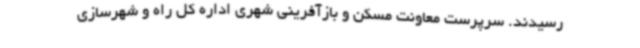
رسیدند. سرپرست معاونت مسکن و بازآفرینی شهری اداره کل راه و شهرسازی